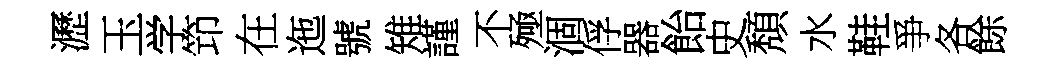
瀝玉学笻在迤號雉謹不殛涸俘器飴史頽水鞋爭各餘